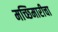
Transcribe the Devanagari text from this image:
मच्छिमारीचा